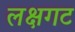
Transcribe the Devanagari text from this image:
लक्षगट